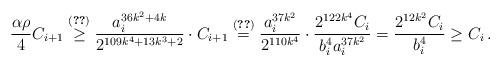
LaTeX: \begin{align*} \frac{\alpha\rho}{4}C_{i+1} \overset{\eqref{eq:dgdr}}{\geq} \frac{a_i^{36k^2+4k}}{2^{109k^4+13k^3+2}}\cdot C_{i+1} \overset{\eqref{rec}}{=} \frac{a_i^{37k^2}}{2^{110k^4}}\cdot \frac{2^{122k^4}C_i}{b_i^4a_i^{37k^2}} = \frac{2^{12k^2}C_i}{b_i^4} \ge C_i\,.\end{align*}